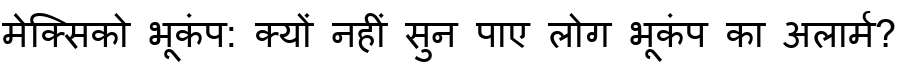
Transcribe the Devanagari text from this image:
मेक्सिको भूकंप: क्यों नहीं सुन पाए लोग भूकंप का अलार्म?